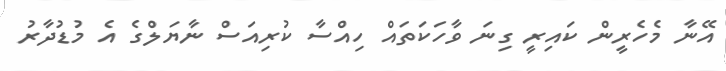
އޭނާ މެހެރީން ކައިރީ ގިނަ ވާހަކަތައް ހިއްސާ ކުރިއަސް ނާޔަލްގެ އެ މުޑުދާރު